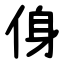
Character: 㑗